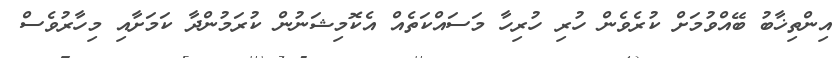
އިންތިޚާބު ބޭއްވުމަށް ކުރެވެން ހުރި ހުރިހާ މަސައްކަތެއް އެކޮމިޝަނުން ކުރަމުންދާ ކަމަށާއި މިހާރުވެސް